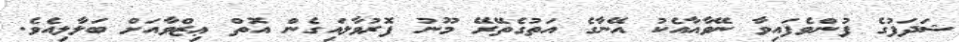
ޝަދަފުގެ ފުންވެފައިވާ ނޭވާއާއެކު އޭނާގެ އަތުގެތޭރޭ މޫނު ފޮރުވާލައިގެން އޮތް ޢިޒްވާއަށް ބަލާލިއެވެ.